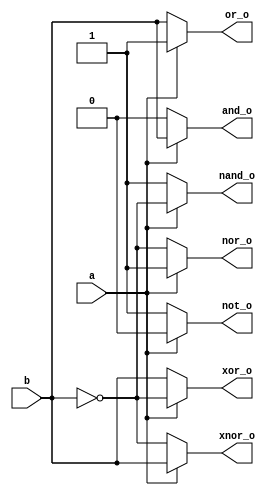
module gates(a,b,and_o,or_o,not_o,xor_o,nand_o,nor_o,xnor_o);
   input a,b;
   output reg and_o,or_o,not_o,xor_o,nand_o,nor_o,xnor_o ;
always @(a,b)
     begin
       if(a==1'b0)
         begin
           and_o = 1'b0;
           or_o = b;
           not_o = 1'b1;
           xor_o =b;
           nand_o=1;
           nor_o=(~b);
           xnor_o=(~b);
         end
       else
         begin
            and_o = b;
            or_o = 1'b1;
            not_o = 1'b0;
            xor_o = (~b);
            nand_o=(~b);
            nor_o=1;
            xnor_o=b;
         end
        
  end
endmodule